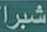
شبرا